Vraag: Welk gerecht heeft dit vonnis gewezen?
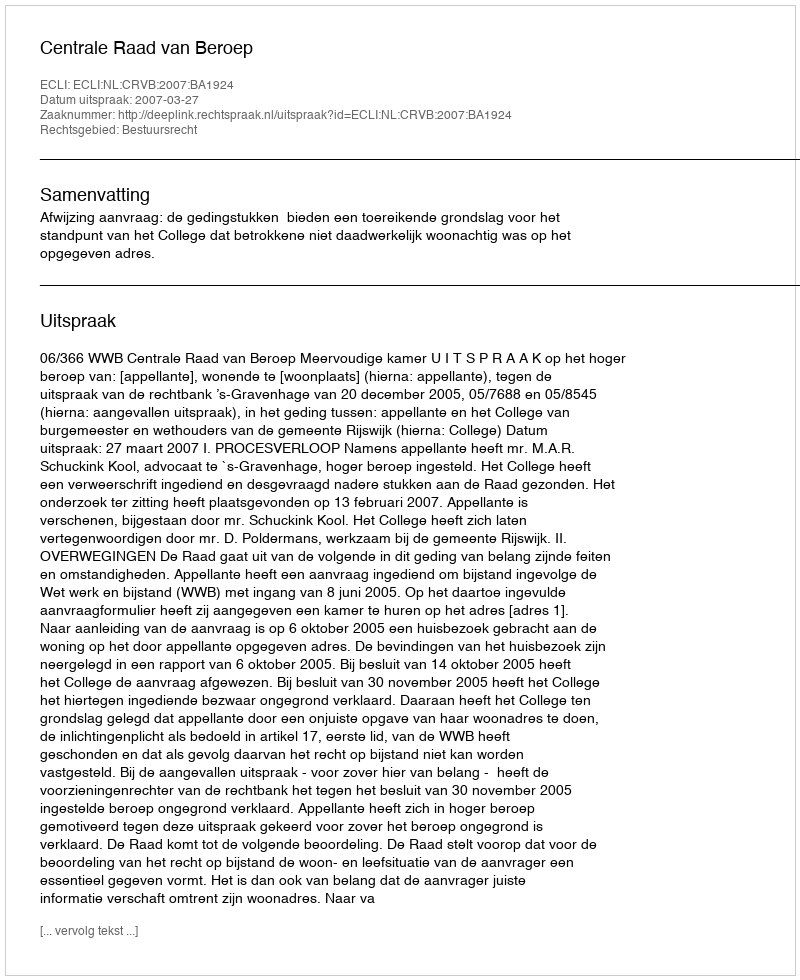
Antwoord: Centrale Raad van Beroep